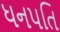
ધનપતિ